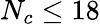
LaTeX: N_{c}\leq 18